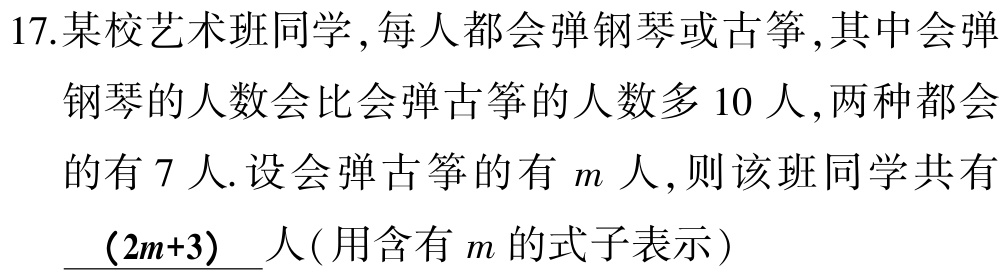
17.某校艺术班同学,每人都会弹钢琴或古筝,其中会弹
钢琴的人数会比会弹古筝的人数多 10 人,两种都会
的有 7 人.设会弹古筝的有 \(m\) 人,则该班同学共有
\((2m + 3)\) 人(用含有 \(m\) 的式子表示)